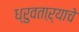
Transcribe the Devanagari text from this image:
ध्रुवताऱ्याचे